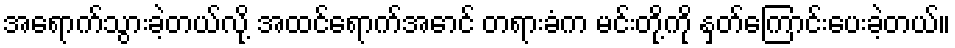
အရောက်သွားခဲ့တယ်လို့ အထင်ရောက်အောင် တရားခံက မင်းတို့ကို နှတ်ကြောင်းပေးခဲ့တယ်။